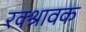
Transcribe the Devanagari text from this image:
रक्श्रावक